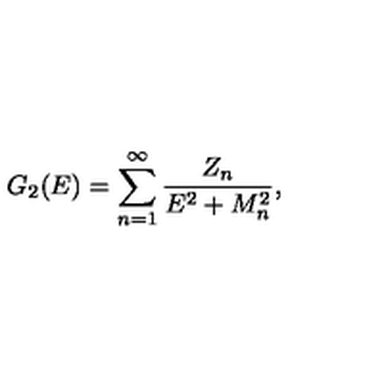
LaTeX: G _ { 2 } ( E ) = \sum _ { n = 1 } ^ { \infty } { \frac { Z _ { n } } { E ^ { 2 } + M _ { n } ^ { 2 } } } ,